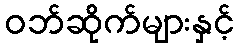
ဝဘ်ဆိုက်များနှင့်